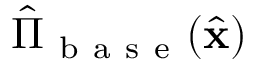
\hat { \Pi } _ { \mathrm { ~ b ~ a ~ s ~ e ~ } } ( \hat { \mathbf { x } } )